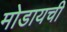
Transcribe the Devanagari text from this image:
मोडायची